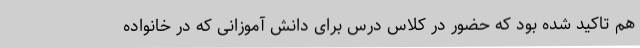
هم‌ تاکید شده بود که حضور در کلاس درس برای دانش آموزانی که در خانواده